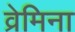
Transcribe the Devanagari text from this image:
व्रेमिना